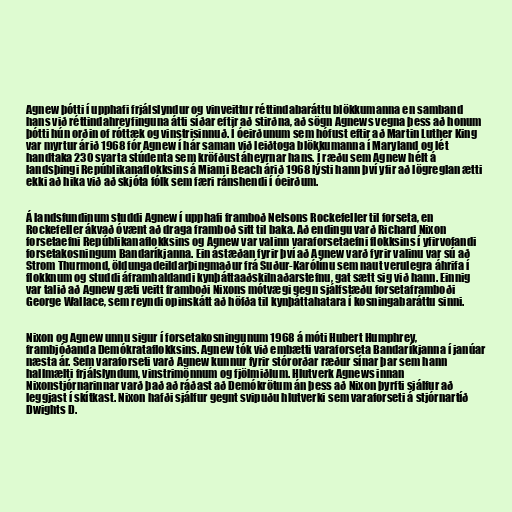
Agnew þótti í upphafi frjálslyndur og vinveittur réttindabaráttu blökkumanna en samband
hans við réttindahreyfinguna átti síðar eftir að stirðna, að sögn Agnews vegna þess að honum
þótti hún orðin of róttæk og vinstrisinnuð. Í óeirðunum sem hófust eftir að Martin Luther King
var myrtur árið 1968 fór Agnew í hár saman við leiðtoga blökkumanna í Maryland og lét
handtaka 230 svarta stúdenta sem kröfðust áheyrnar hans. Í ræðu sem Agnew hélt á
landsþingi Repúblikanaflokksins á Miami Beach árið 1968 lýsti hann því yfir að lögreglan ætti
ekki að hika við að skjóta fólk sem færi ránshendi í óeirðum.

Á landsfundinum studdi Agnew í upphafi framboð Nelsons Rockefeller til forseta, en
Rockefeller ákvað óvænt að draga framboð sitt til baka. Að endingu varð Richard Nixon
forsetaefni Repúblikanaflokksins og Agnew var valinn varaforsetaefni flokksins í yfirvofandi
forsetakosningum Bandaríkjanna. Ein ástæðan fyrir því að Agnew varð fyrir valinu var sú að
Strom Thurmond, öldungadeildarþingmaður frá Suður-Karólínu sem naut verulegra áhrifa í
flokknum og studdi áframhaldandi kynþáttaaðskilnaðarstefnu, gat sætt sig við hann. Einnig
var talið að Agnew gæti veitt framboði Nixons mótvægi gegn sjálfstæðu forsetaframboði
George Wallace, sem reyndi opinskátt að höfða til kynþáttahatara í kosningabaráttu sinni.

Nixon og Agnew unnu sigur í forsetakosningunum 1968 á móti Hubert Humphrey,
frambjóðanda Demókrataflokksins. Agnew tók við embætti varaforseta Bandaríkjanna í janúar
næsta ár. Sem varaforseti varð Agnew kunnur fyrir stórorðar ræður sínar þar sem hann
hallmælti frjálslyndum, vinstrimönnum og fjölmiðlum. Hlutverk Agnews innan
Nixonstjórnarinnar varð það að ráðast að Demókrötum án þess að Nixon þyrfti sjálfur að
leggjast í skítkast. Nixon hafði sjálfur gegnt svipuðu hlutverki sem varaforseti á stjórnartíð
Dwights D.